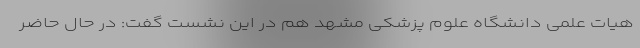
هیات علمی دانشگاه علوم پزشکی مشهد هم در این نشست گفت: در حال حاضر